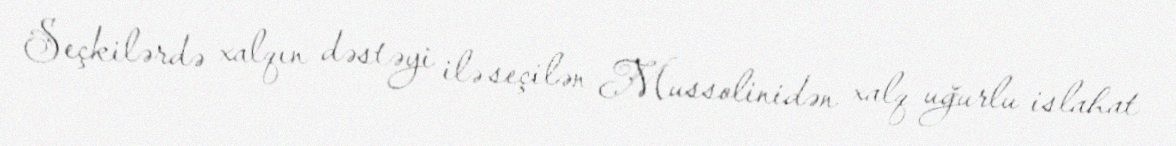
Seçkilərdə xalqın dəstəyi ilə seçilən Mussolinidən xalq uğurlu islahat